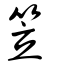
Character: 笠